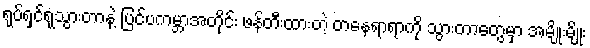
ရုပ်ရှင်ရုံသွားတာနဲ့ ပြင်ပကမ္ဘာအတိုင်း ဖန်တီးထားတဲ့ တနေရာရာကို သွားတာတွေမှာ အမျိုးမျိုး